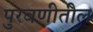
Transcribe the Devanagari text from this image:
पुरवणीतील